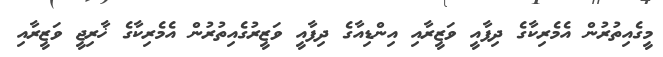
މީގެއިތުރުން އެމެރިކާގެ ދިފާއީ ވަޒީރާއި އިންޑިއާގެ ދިފާއީ ވަޒީރުގެއިތުރުން އެމެރިކާގެ ޚާރިޖީ ވަޒީރާއި